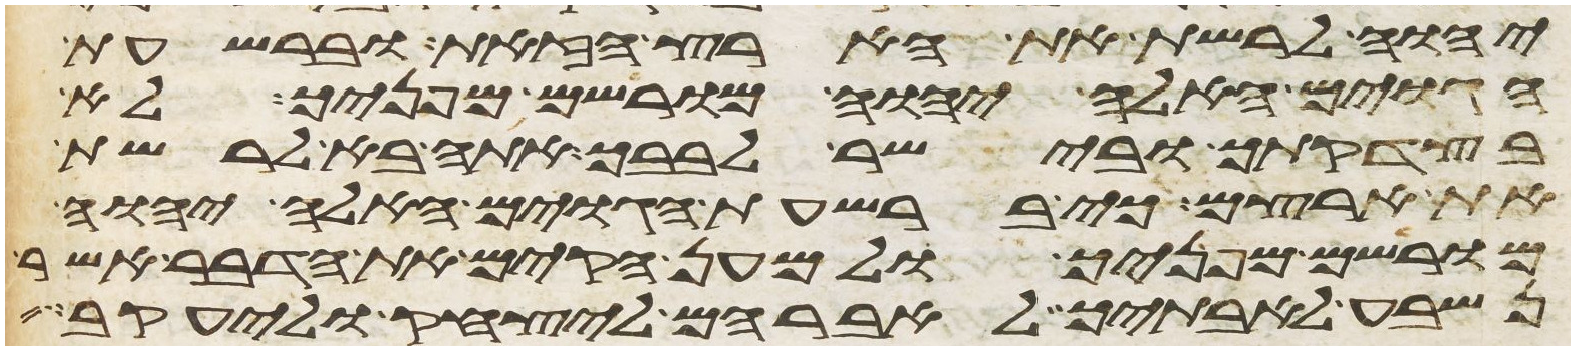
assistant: יהוה לרשת את הארץ הזאת וברשעת
הגוים האלה יהוה מורישם מפניך לא
בצדקתך ובישר לבבך אתה בא לרשת
את ארצם כי ברשעת הגוים האלה יהוה
מורישם מפניך ולמען הקים את הדבר אשר
נשבע לאבתיך לאברהם ליצחק וליעקב